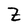
Character: Z